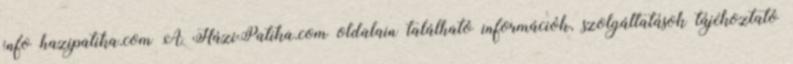
info hazipatika.com A HáziPatika.com oldalain található információk, szolgáltatások tájékoztató